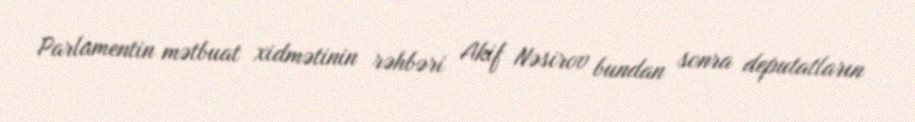
Parlamentin mətbuat xidmətinin rəhbəri Akif Nəsirov bundan sonra deputatların